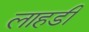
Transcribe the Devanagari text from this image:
लाहडी